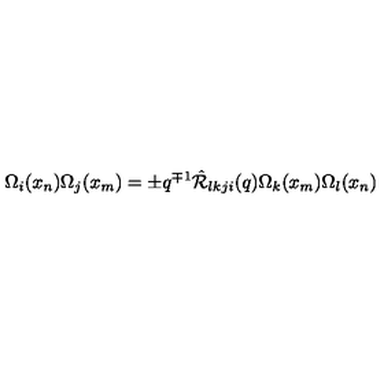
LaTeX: \Omega _ { i } ( x _ { n } ) \Omega _ { j } ( x _ { m } ) = \pm q ^ { \mp 1 } \hat { { \cal R } } _ { l k j i } ( q ) \Omega _ { k } ( x _ { m } ) \Omega _ { l } ( x _ { n } )